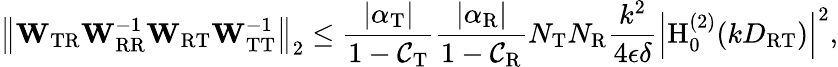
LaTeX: \left\Vert\mathbf{W}_{\mathrm{TR}}\mathbf{W}_{\mathrm{RR}}^{-1}\mathbf{W}_{\mathrm{RT}}\mathbf{W}_{\mathrm{TT}}^{-1}\right\Vert_{2}\leq\frac{|\alpha_{\mathrm{T}}|}{1-\mathcal{C}_{\mathrm{T}}}\frac{|\alpha_{\mathrm{R}}|}{1-\mathcal{C}_{\mathrm{R}}}N_{\mathrm{T}}N_{\mathrm{R}}\frac{k^{2}}{4\epsilon\delta}\left|\mathrm{H}_{0}^{(2)}(kD_{\mathrm{RT}})\right|^{2},